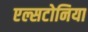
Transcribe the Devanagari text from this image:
एल्सटोनिया